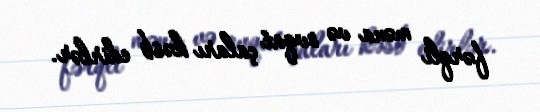
fərqli məna və ovqat çaları kəsb edirlər.